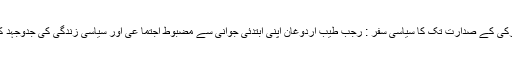
استنبول کے گلیوں سے ترکی کے صدارت تک کا سیاسی سفر : رجب طیب اردوغان اپنی ابتدئی جوانی سے مضبوط اجتما عی اور سیاسی زندگی کی جدوجہد کی وجہ سے مشہور تھے۔